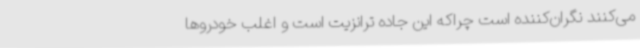
می‌کنند نگران‌کننده است چراکه این جاده ترانزیت است و اغلب خودروها